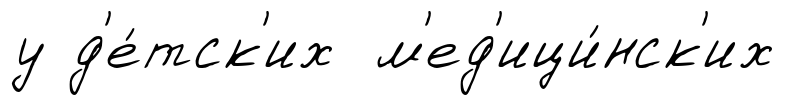
у д'е́тск'их м'ед'ици́нск'их